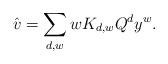
LaTeX: \begin{align*}\hat{v} = \sum_{d,w}w K_{d,w}Q^d y^w.\end{align*}